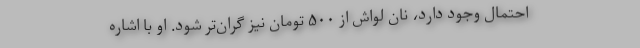
احتمال وجود دارد، نان لواش از ۵۰۰ تومان نیز گران‌تر شود. او با اشاره